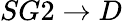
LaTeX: SG2\rightarrow D